Report on horse surra - Volume II, Part I
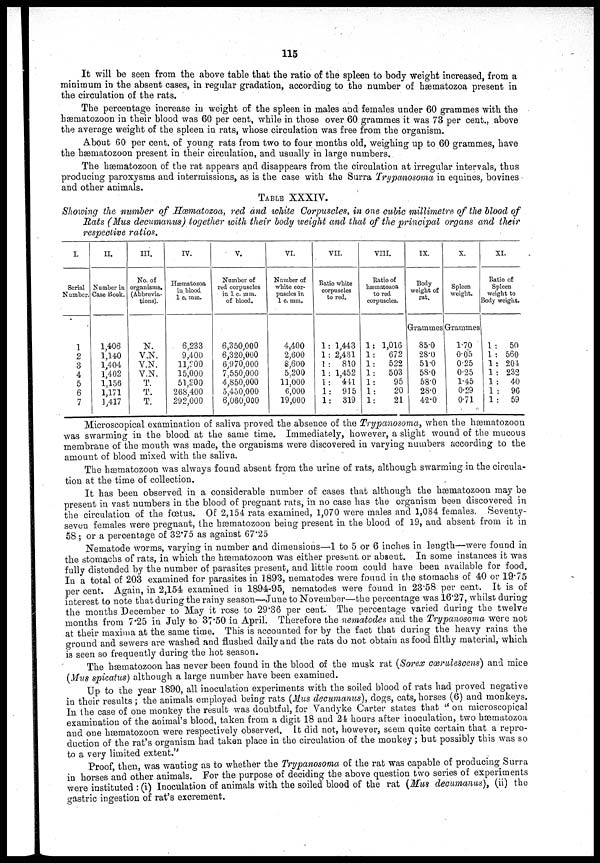
115
It will be seen from the above table that the ratio of the spleen to body weight increased, from a
minimum in the absent cases, in regular gradation, according to the number of hæmatozoa present in
the circulation of the rats.
The percentage increase in weight of the spleen in males and females under 60 grammes with the
hæmatozoon in their blood was 60 per cent, while in those over 60 grammes it was 73 per cent., above
the average weight of the spleen in rats, whose circulation was free from the organism.
About 60 per cent. of young rats from two to four months old, weighing up to 60 grammes, have
the hæmatozoon present in their circulation, and usually in large numbers.
The hæmatozoon of the rat appears and disappears from the circulation at irregular intervals, thus
producing paroxysms and intermissions, as is the case with the Surra Trypanosoma in equines, bovines
and other animals.
TABLE XXXIV.
Showing the number of Hæmatozoa, red and white Corpuscles, in one cubic millimetre of the blood of
Rats (Mus decumanus) together with their body weight and that of the principal organs and their
respective ratios.
I.
Serial
Number.
1
2
3
4
5
6
7
II.
Number in
Case Book.
1,406
1,140
1,104
1,402
1,156
1,171
1.417
III.
No. of
organisms.
(Abbrevia-
tions).
N.
V.N.
V.N.
V.N.
T.
T.
T.
IV.
Hæmatozoa
in blood
1 c. mm.
6,233
9,400
11,200
15,000
51,200
268,400
292,000
V.
Number of
red corpuscles
in 1 c. mm.
of blood.
6,350,000
6,320,000
6,970,000
7,550,000
4,850,000
5,450,000
6,060,000
VI.
Number of
white cor-
puscles in
1 c. mm.
4,400
2,600
8,600
5,200
11,000
6,000
19,000
VII.
Ratio white
corpuscles
to red.
1: 1,443
1 : 2,431
1 : 810
1 : 1,452
1 : 441
1: 915
1: 319
VIII.
Ratio of
hæmatozoa
to red
corpuscles.
1: 1,016
1:
672
1:
522
1:
503
1:
95
1:
20
1:
21
IX.
Body
weight of
rat.
Grammes
85.0
28.0
51.0
58.0
58.0
28.0
42.0
X.
Spleen
weight.
Grammes
1.70
0.05
0.25
0.25
1.45
0.29
0.71
XI.
Ratio of
Spleen
weight to
Body weight.
1 : 50
1 : 560
1 : 204
1 : 232
1 : 40
1 : 96
1 : 59
Microscopical examination of saliva proved the absence of the Trypanosoma, when the hæmatozoon
was swarming in the blood at the same time. Immediately, however, a slight wound of the mucous
membrane of the mouth was made, the organisms were discovered in varying numbers according to the
amount of blood mixed with the saliva.
The hæmatozoon was always found absent from the urine of rats, although swarming in the circula-
tion at the time of collection.
It has been observed in a considerable number of cases that although the hæmatozoon may be
present in vast numbers in the blood of pregnant rats, in no case has the organism been discovered in
the circulation of the fœtus. Of 2,154 rats examined, 1,070 were males and 1,084 females. Seventy-
seven females were pregnant, the hæmatozoon being present in the blood of 19, and absent from it in
58 ; or a percentage of 32.75 as against 67.25
Nematode worms, varying in number and dimensions—1 to 5 or 6 inches in length—were found in
the stomachs of rats, in which the hæmatozoon was either present, or absent. In some instances it was
fully distended by the number of parasites present, and little room could have been available for food.
In a total of 203 examined for parasites in 1893, nematodes were found in the stomachs of 40 or 19.75
per cent. Again, in 2,154 examined in 1894-95, nematodes were found in 23.58 per cent. It is of
interest to note that during the rainy season—June to November—the percentage was 16.27, whilst during
the months December to May it rose to 29.36 per cent. The percentage varied during the twelve
months from 7.25 in July to 37.50 in April. Therefore the nematodes and the Trypanosoma were not
at their maxima at the same time. This is accounted for by the fact that during the heavy rains the
ground and sewers are washed and flushed daily and the rats do not obtain as food filthy material, which
is seen so frequently during the hot season.
The hæmatozoon has never been found in the blood of the musk rat (Sorex cœrulescens) and mice
(Mus spicatus) although a large number have been examined.
Up to the year 1890, all inoculation experiments with the soiled blood of rats had proved negative
in their results; the animals employed being rats (Mus decumanus), dogs, cats, horses (6) and monkeys.
In the case of one monkey the result was doubtful, for Vandyke Carter states that " on microscopical
examination of the animal's blood, taken from a digit 18 and 24 hours after inoculation, two hæmatozoa
and one hæmatozoon were respectively observed. It did not, however, seem quite certain that a repro-
duction of the rat's organism had taken place in the circulation of the monkey; but possibly this was so
to a very limited extent."
Proof, then, was wanting as to whether the Trypanosoma of the rat was capable of producing Surra
in horses and other animals. For the purpose of deciding the above question two series of experiments
were instituted : (i) Inoculation of animals with the soiled blood of the rat (Mus decumanus), (ii) the
gastric ingestion of rat's excrement.